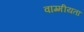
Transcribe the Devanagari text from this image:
वाग्मीयता